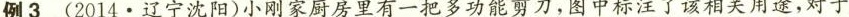
例3(2014·辽宁沈阳)小刚家厨房里有一把多功能剪刀，图中标注了该相关用途，对于